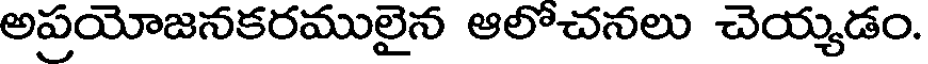
అప్రయోజనకరములైన ఆలొచనలు చెయ్యడం.